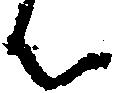
ん